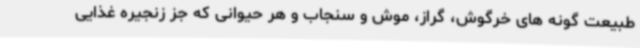
طبیعت گونه های خرگوش، گراز، موش و سنجاب و هر حیوانی که جز زنجیره غذایی